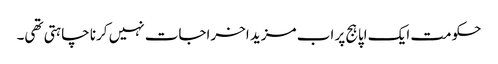
حکومت ایک اپاہج پر اب مزید اخراجات نہیں کرنا چاہتی تھی۔